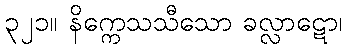
၃၂၁။ နိက္ကေသသီသော ခလ္လာဋော၊